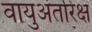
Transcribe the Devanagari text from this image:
वायुअंतरिक्ष